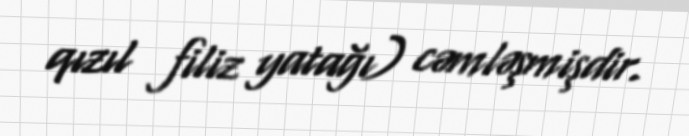
qızıl filiz yatağı) cəmləşmişdir.